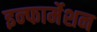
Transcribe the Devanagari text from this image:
इन्‍फार्मेशन